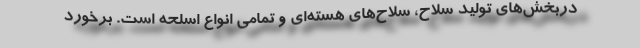
دربخش‌های تولید سلاح، سلاح‌های هسته‌ای و تمامی انواع اسلحه است. برخورد